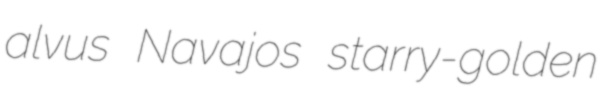
alvus Navajos starry-golden